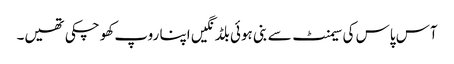
آس پاس کی سیمنٹ سے بنی ہوئی بلڈنگیں اپنا روپ کھو چکی تھیں۔